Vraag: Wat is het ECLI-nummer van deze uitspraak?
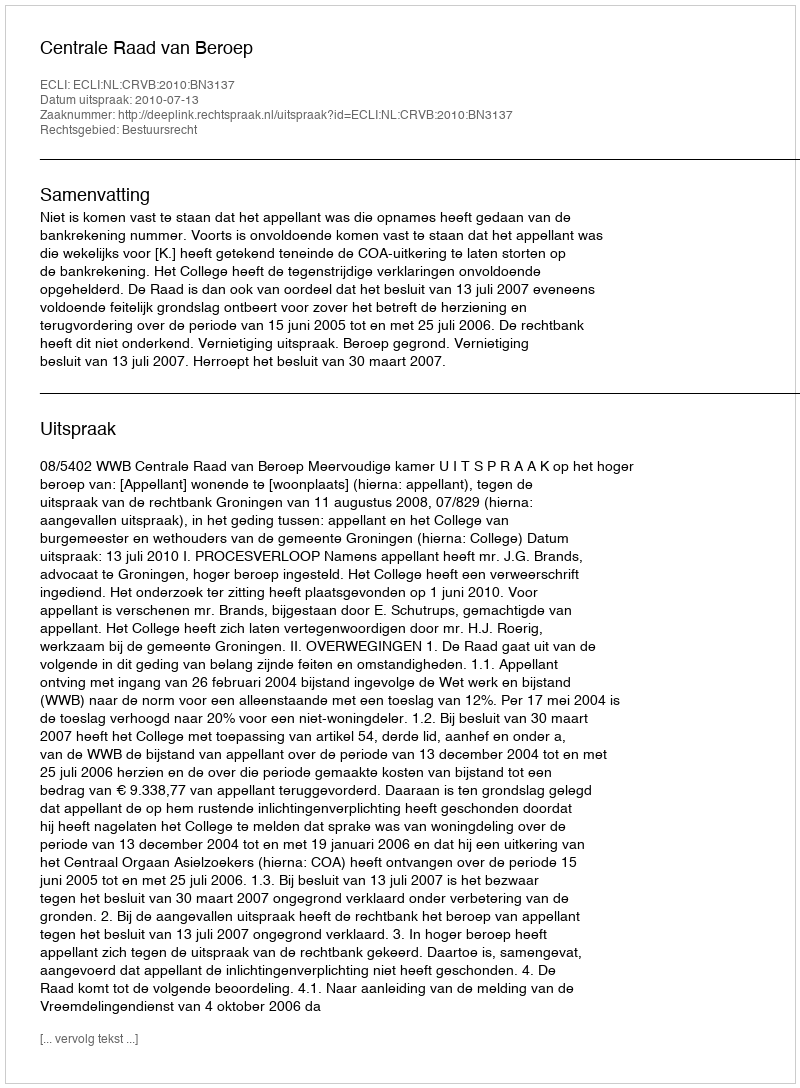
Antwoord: ECLI:NL:CRVB:2010:BN3137